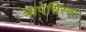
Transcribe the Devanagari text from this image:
त्रापेसिस्ता